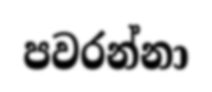
පවරන්නා